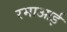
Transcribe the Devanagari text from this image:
रमाआई